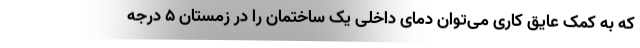
که به کمک عایق کاری می‌توان دمای داخلی یک ساختمان را در زمستان ۵ درجه